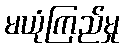
မယုံကြည်မှု